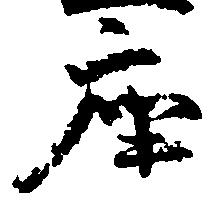
座